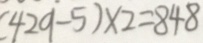
( 4 2 9 - 5 ) \times 2 = 8 4 8